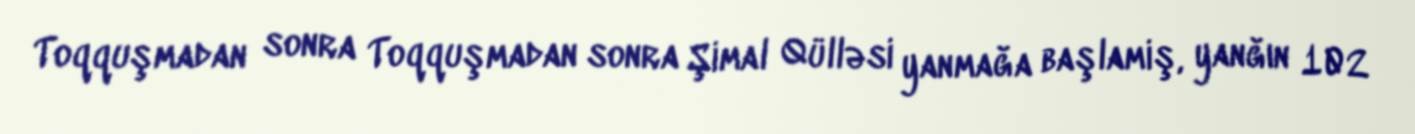
Toqquşmadan sonra Toqquşmadan sonra Şimal Qülləsi yanmağa başlamiş, yanğın 102